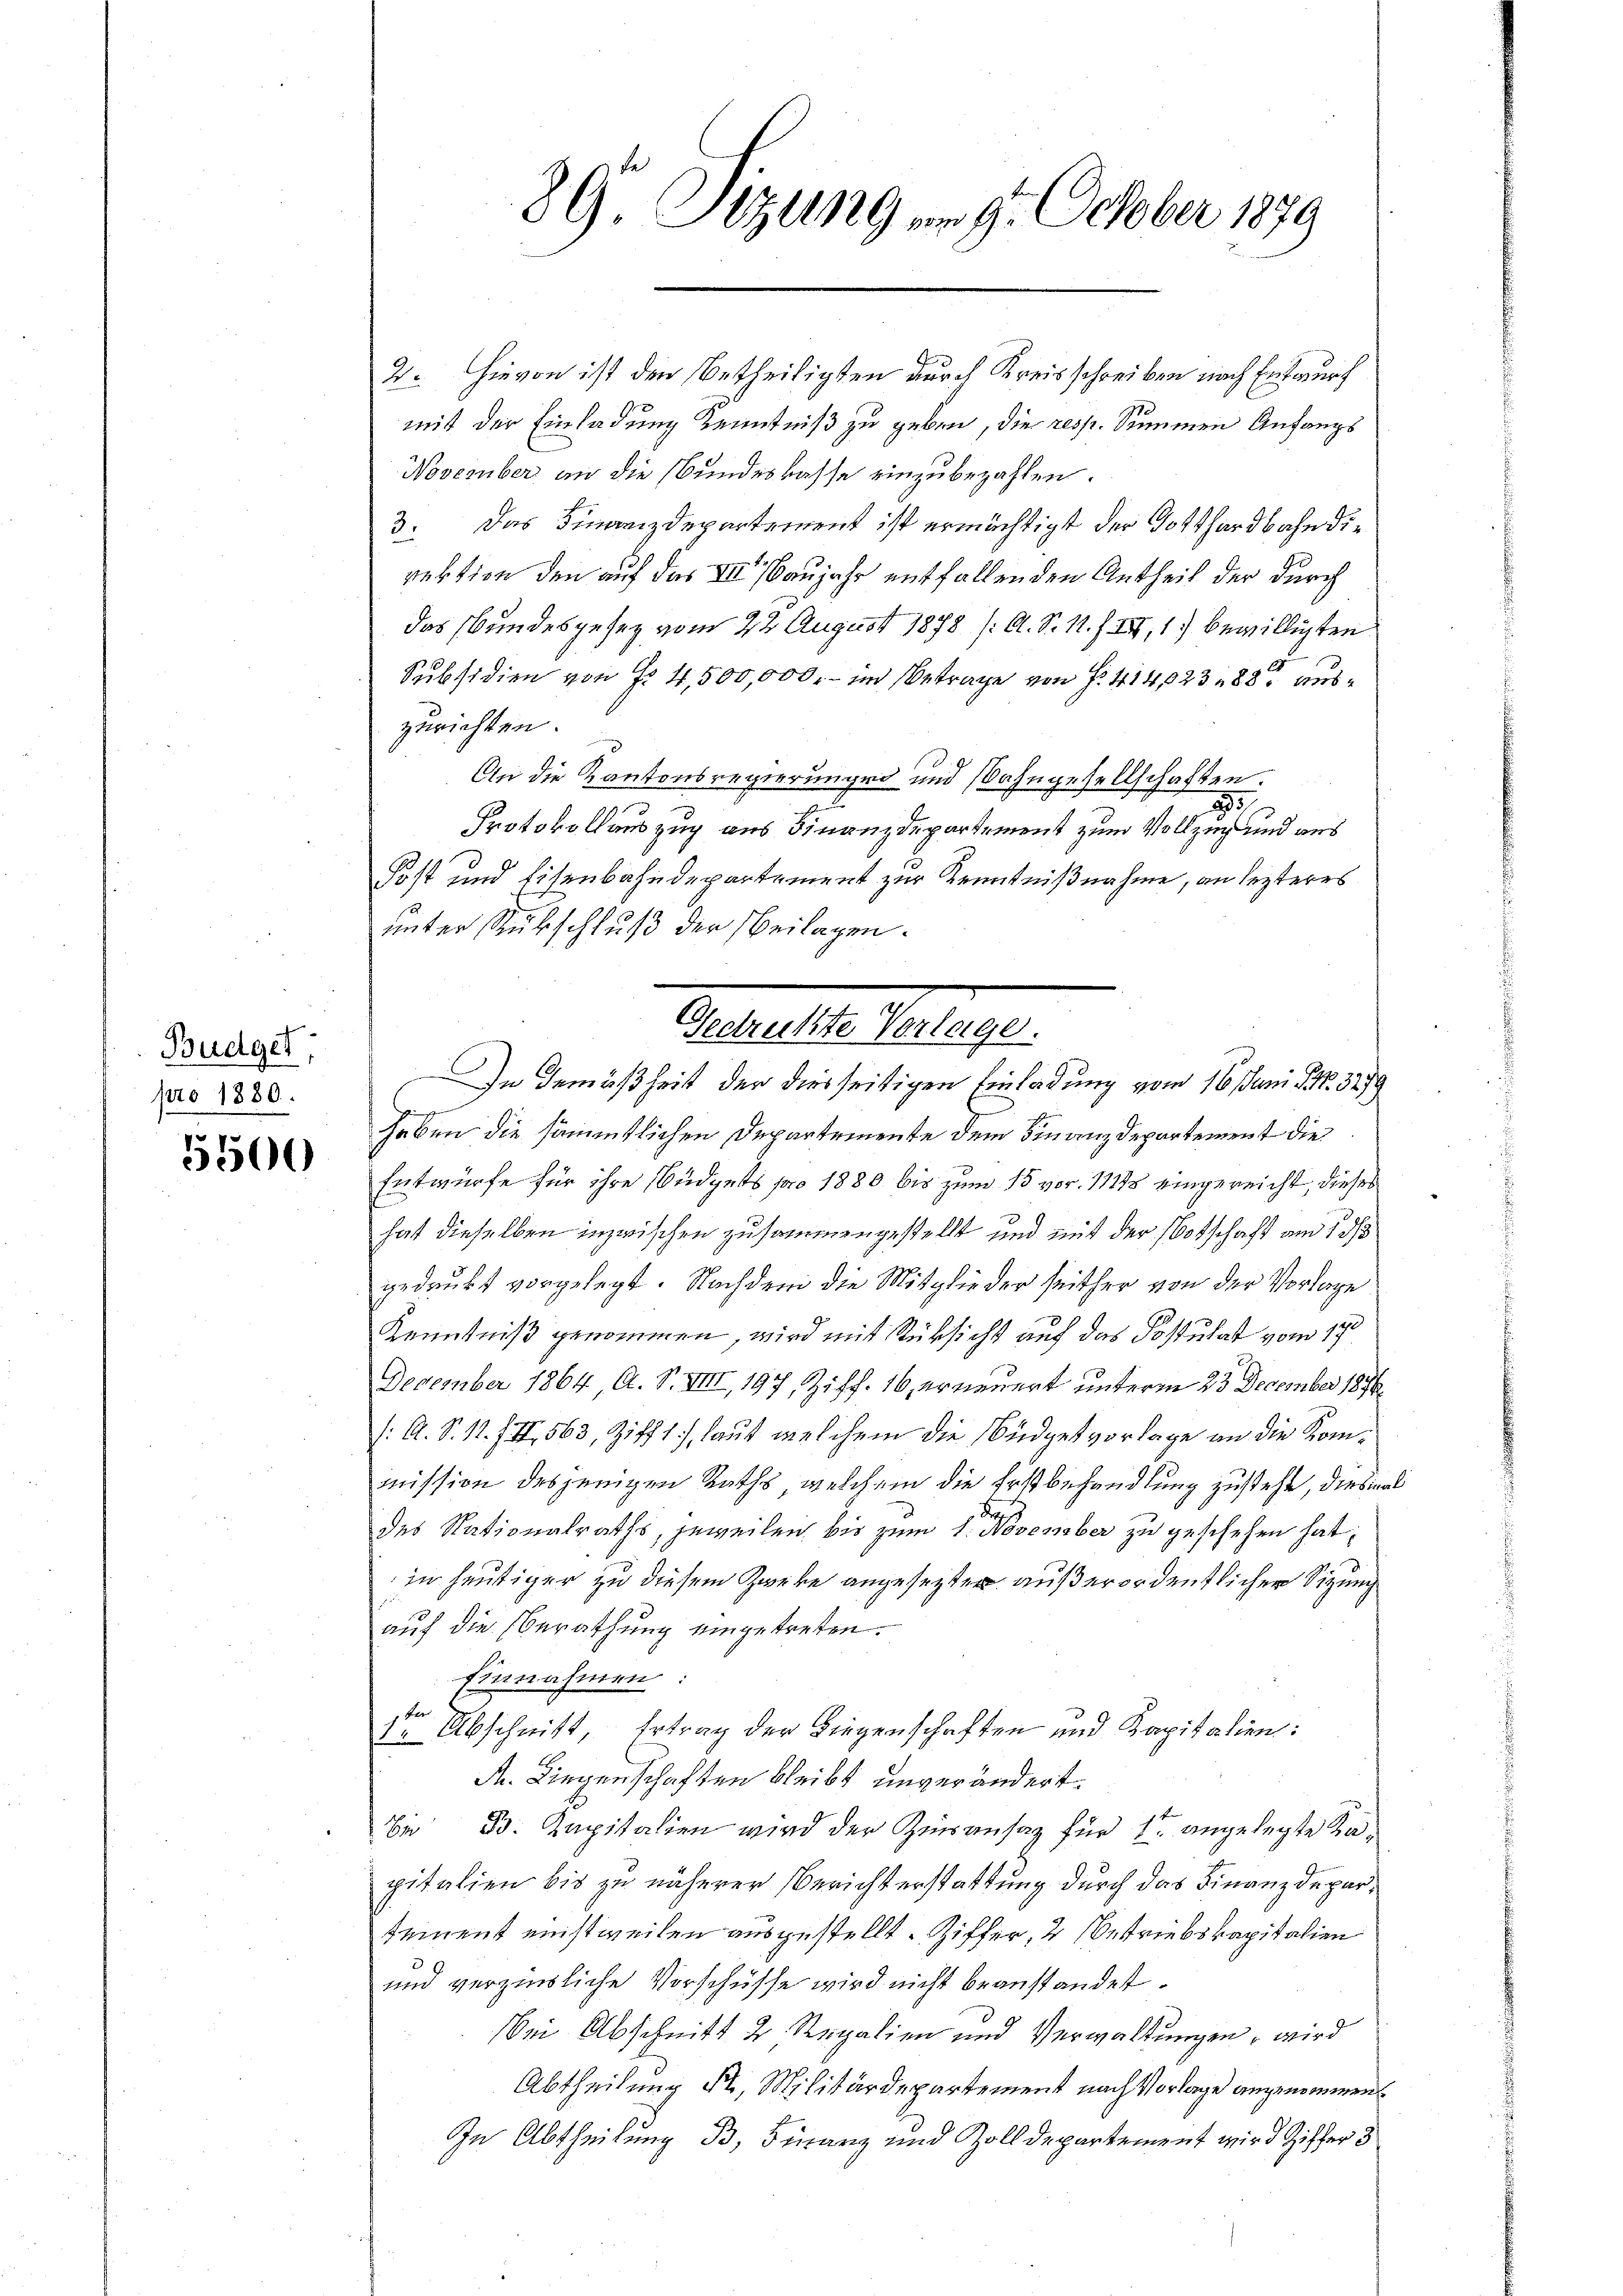
Budget;
pro 1880.

5500

89. Sizung vom 9. October 1879

4. Hievon ist den Betheiligten durch Kreisschreiben nach Entwurf
mit der Einladung Kenntniß zu geben, die resp. Summen Anfangs
November an die Bundeskasse einzubezahlen.
3. Das Finanzdepartement ist ermächtigt der Gotthardbahn die
rektion den auf das III Baujahr entfallenden Antheil der durch
das Bundesgesetz vom 22 August 1878 (O. S. 11. IV, 1.) bewilligten
Subsidien von Fr. 4,500,000.- im Betrage von Fr. 414, 2388 auszurichten.
An die Kantonsregierungen und Wahngesellschaften.
23
.
Protokollauszug aus Finanzdepartement zum Vollzug und aus
Post und Eisenbahndepartement zur Kenntnißnahme, an lezteres
unter Subschluß der Beilagen.
haben die sämmtlichen Departemente dem Finanzdepartement die
Entwürfe für ihre Büdgets pro 1880 bis zum 15 vor. 11115 eingereicht, dieses
hat dieselben inzwischen zusammengestellt und mit der Botschaft am 1. ds
gedrukt vorgelegt. Nachdem die Mitglieder seither von der Vorlage
Kenntniß genommen, wird mit Rücksicht auf das Postulat vom 17t
December 1864, A. S. VIII, 197, Ziff. 16, er neuert unterm 23 December 1876
(: A. S. 1. II, 563, Ziff. 1.), laut welchem die Büdgetvorlage an die Kommission desjenigen Raths, welchem die Erstbehandlung zustehe, diesmal
dr
des Nationalraths, jeweilen bis zum 1. November zu geschehen hat,
in heutiger zu diesem Zweke angesetzter außerordentlicher Sitzung
auf die Berathung eingetreten.
Einnahmen
te Abschnitt, Ertrag der Liegenschaften und Kapitalien:
d. Liegenschaften bleibt unverändert.
bei Dr. Kapitalien wird der Zieransaz für 1 angelegte Kapitalien bis zu näherer Berichterstattung durch das Finanzdeparteinent einstweilen ausgestellt. Ziffer, 2 betriebskapitalien
und verzinsliche Vorschüsse wird nicht beanstandet.
bei Abschnitt 2 Regalien und Verwaltungen, wird
Abtheilung Fr, Militärdepartement nach Vorlage angenommen
In Abtheilung B, Finanz und Zolldepartement wird Ziffer 3

Gedruckte Vorlage.
In Gemäßheit der diesseitigen Einladung vom 16. Juni l. No. 3279